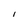
Character: I